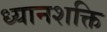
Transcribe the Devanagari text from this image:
ध्यानशक्ति